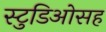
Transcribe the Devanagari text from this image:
स्टुडिओसह